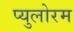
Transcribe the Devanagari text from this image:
प्युलोरम